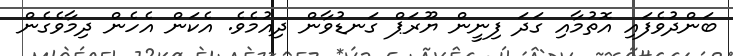
ބަންދުވެފައި އޮތުމާއި ގަދަ ފިނީން ޔޫރަޕް ގަނޑުވާން ދިއުމެވެ. އެކަން އެހެން ދިމާވެގެން